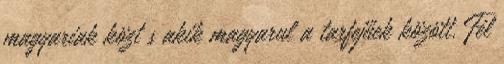
magyariak közt s akik magyarul a tarfejűek között. Fél